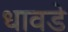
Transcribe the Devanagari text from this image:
धावडे